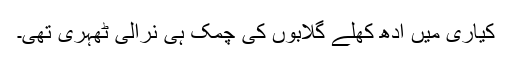
کیاری میں ادھ کھلے گلابوں کی چمک ہی نرالی ٹھہری تھی۔